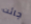
جائت